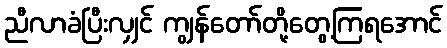
ညီလာခံပြီးလျှင် ကျွန်တော်တို့တွေ့ကြရအောင်